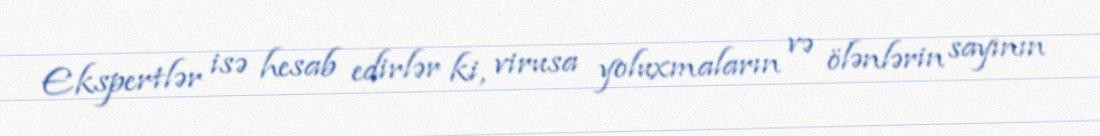
Ekspertlər isə hesab edirlər ki, virusa yoluxmaların və ölənlərin sayının